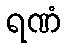
ရဏံ